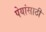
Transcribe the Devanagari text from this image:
पेयांसाठी